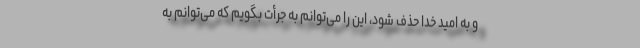
و به امید خدا حذف شود، این را می‌توانم به جرأت بگویم که می‌توانم به